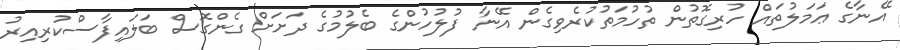
އޭނާގެ ޢަމަލުތައް ހުރިގޮތުން ތުހުމަތުކުރެވިގެން އޭނާ ފުލުހުންގެ ބެލުމުގެ ދަށަށް ގެންގޮސް ބަލައިފާސްކުރިއިރު